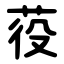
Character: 䓈